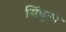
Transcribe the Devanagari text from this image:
सिंधूला